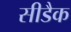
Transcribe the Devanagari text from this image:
सीडैक